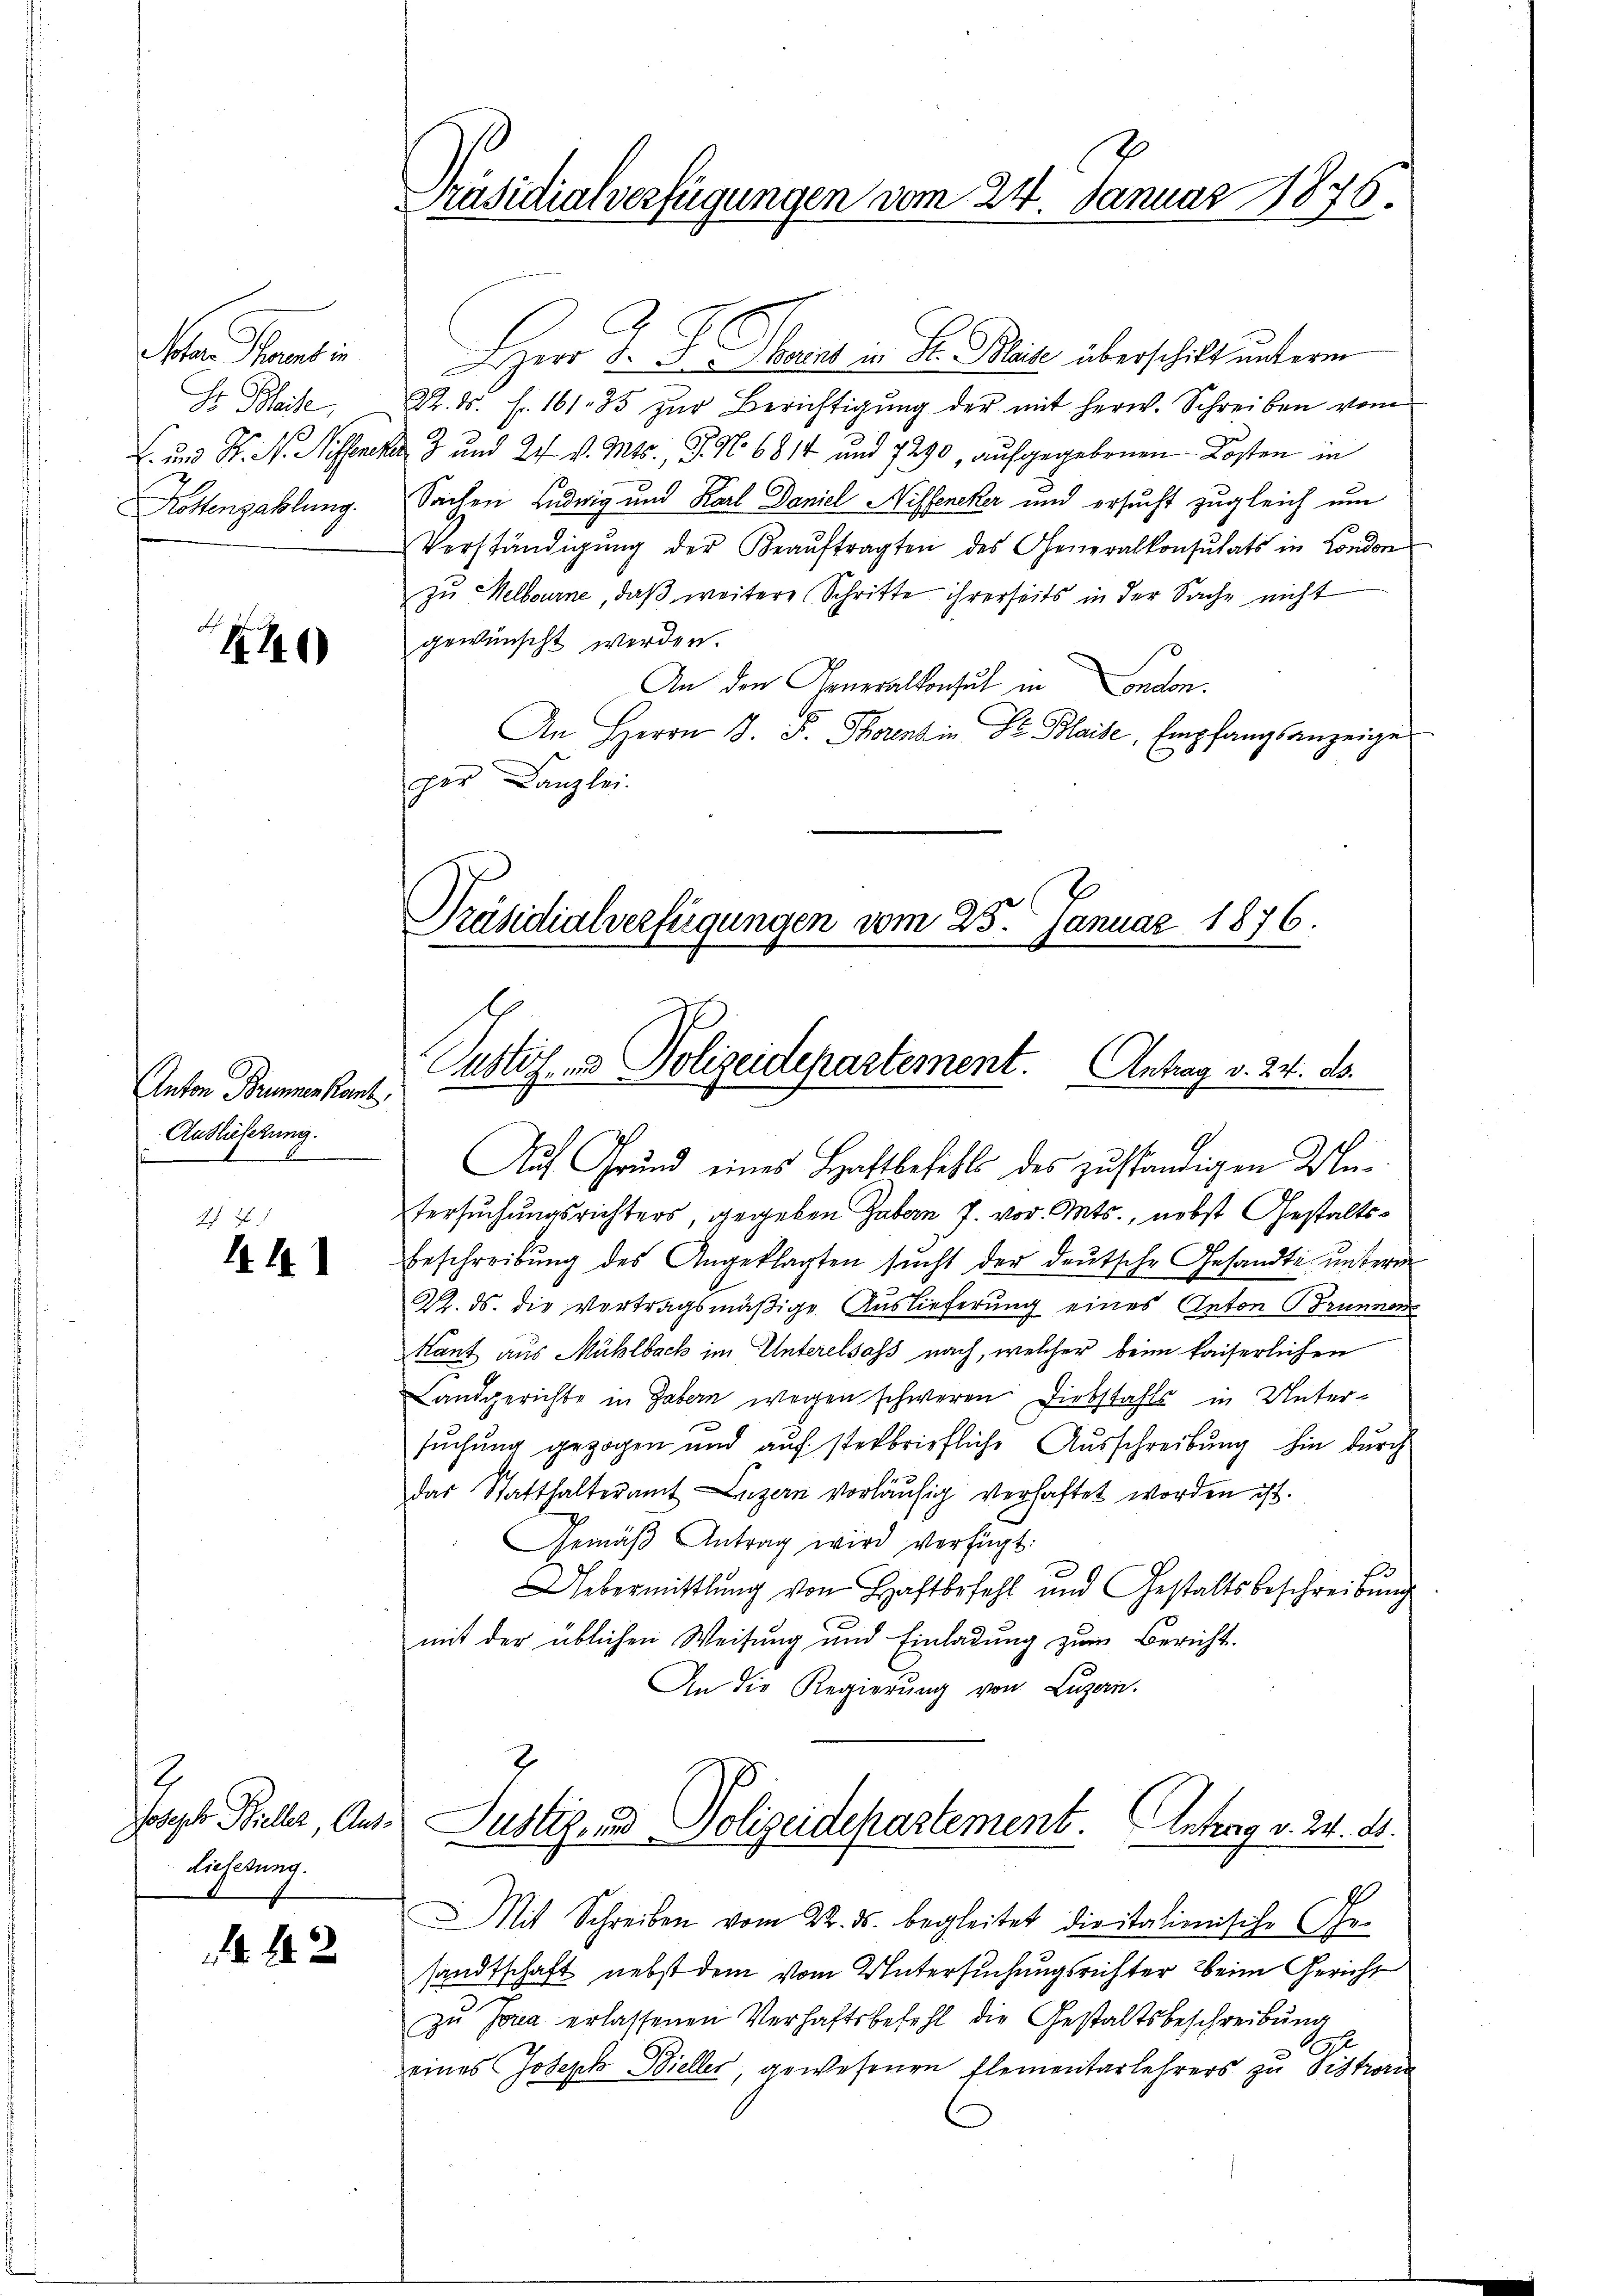
Schen That in
Hr. Bleise,
Rottenzahlung.

110

Anton Brunnen kant
Auslieferung.

Ah. E.
441

2
Joseph Bieller, Aus¬
Lieferung.

42

Präsidialverfügungen vom 24. Januar 1876.

HHerr J. J. Staat in Fr. Blut überschilt unterm
R. d. h. 161. 85 zŭr Berichtigŭng der mit herw. Schreiben vom
C. und H. N. Neffenen 3 und 21. v. Mts., G. No 6814 und 7290, aufgegebenen Kosten in
Sachen Ludwig und Karl Daniel Niffeneker und ersucht zugleich um
Verständigŭng der Beaŭftragten des Generalkonsulats in London
zŭ Helbourne, daß weitere Schritte ihrerseits in der Sache nicht
gewünscht werden.
An den Generalkonsuch in Condon.
An Herrn J. F. Thorenz in Dr. Blaise, Empfangsanzeige
per Canzlei.
Präsidialverfügungen vom 25. Januar 1876.

Pustiz- und Polizeidepartement. Antrag v. 24. ds.

Auf Grund eines Haftbefehls des zuständigen Matersuchungsrichters gegeben haben J. vor. Mts., nebst Gestalts¬
Beschreibŭng des Angeklagten sŭcht der deutsche Gesandte unterm
K. ds. die Vertragsmäßige Auslieferung eines Anton Brunnen
Kant aus Mühlbach im Unterelsass nach, welcher beim kaiserlichen
Landgerichte in Gabern wegen schweren Diebstahls in Untersuchung gezogen und auf sterbriefliche Ausschreibung hin durch
das Statthalteramt Luzern vorläŭfig verhaftet worden ist.
Gemäβ Antrag wird verfügt:
Uebermittlung von Haftbefehl und Gestaltsbeschreibŭng
mit der üblichen Weisung und Einladung zum Bericht¬
An die Regierung von Luzern.
Justiz- und Polizeidepartement. Antrag v. 24. ds.
Mit Schreiben vom 22. ds. begleitet die italienische Ehesandtschaft nebst dem vom Untersuchungsrichter beim Gericht
zu Jona erlassenen Verhaftsbefehl die Gestaltsbeschreibung
e
eines Joseph Bieller, gewesenen Elementarlehrers zu Distrori